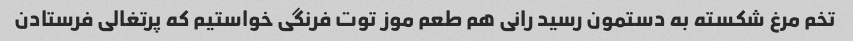
تخم مرغ شکسته به دستمون رسید رانی هم طعم موز توت فرنگی خواستیم که پرتغالی فرستادن